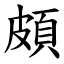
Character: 頗